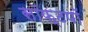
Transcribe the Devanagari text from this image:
सॉफ्टपॉ